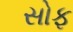
સોફ